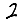
Digit: 2